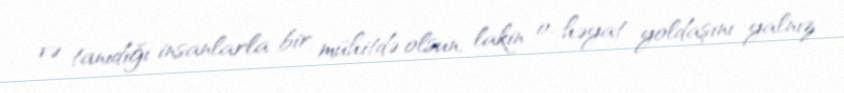
və tanıdığı insanlarla bir mühitdə olsun, lakin o, həyat yoldaşını yalnız